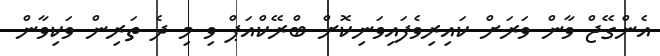
އެންގޭޖް ވާން ވަރަށް ކައިރިވެފައިވަނިކޮށް ބްރޭކްއަޕް ވި މި ދެ ތަރިން ވަކިވާން